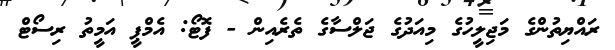
ރައްޔިތުންގެ މަޖިލީހުގެ މިއަދުގެ ޖަލްސާގެ ތެރެއިން - ފޮޓޯ: އެމްޕީ އަމީތު ރިސޯޓް